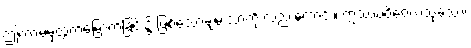
ဤကာမမှထွက်မြောက်ခြင်း၌ ဖြစ်သောချမ်းသာကို လည်းကောင်း။ ဣဿပဝိဝေကသုခဿ၊